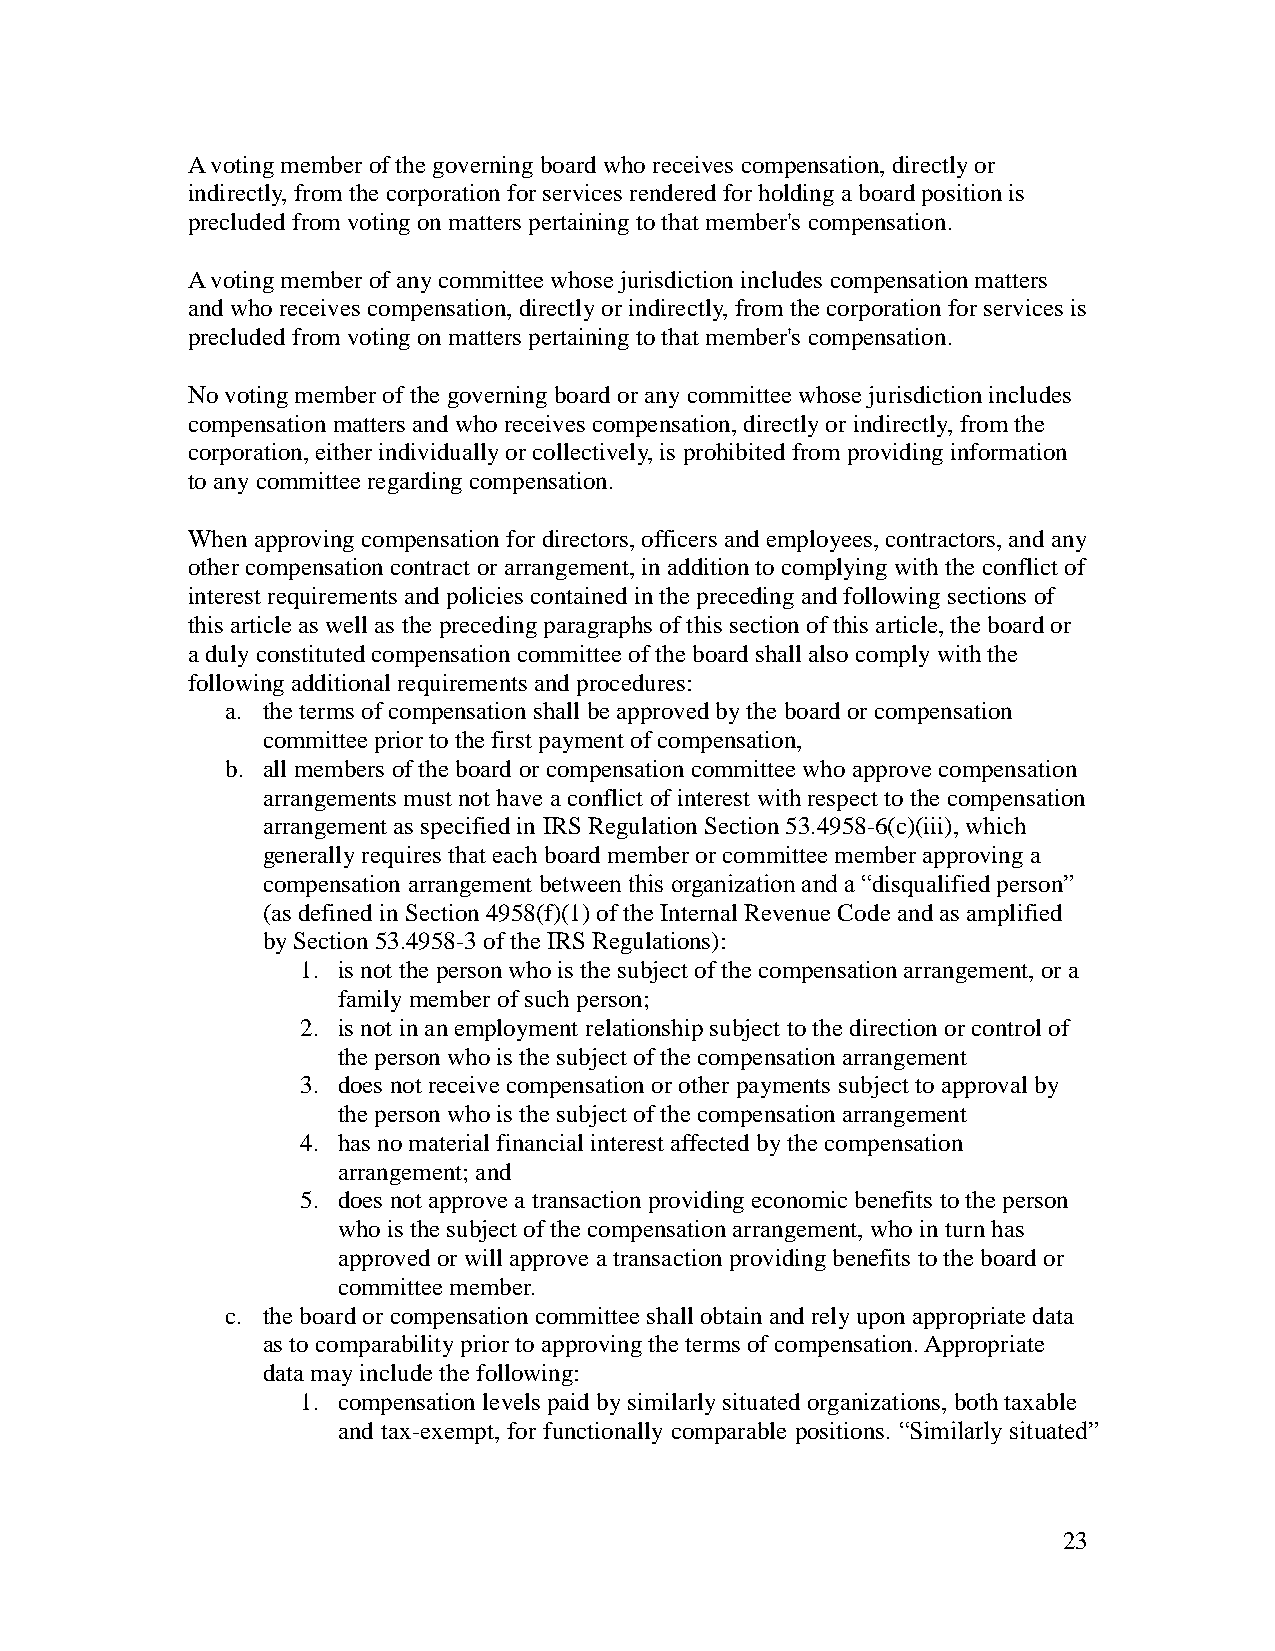
A voting member of the governing board who receives compensation, directly or
 indirectly, from the corporation for services rendered for holding a board position is
 precluded from voting on matters pertaining to that member's compensation.
 A voting member of any committee whose jurisdiction includes compensation matters
 and who receives compensation, directly or indirectly, from the corporation for services is
 precluded from voting on matters pertaining to that member's compensation.
 No voting member of the governing board or any committee whose jurisdiction includes
 compensation matters and who receives compensation, directly or indirectly, from the
 corporation, either individually or collectively, is prohibited from providing information
 to any committee regarding compensation.
 When approving compensation for directors, officers and employees, contractors, and any
 other compensation contract or arrangement, in addition to complying with the conflict of
 interest requirements and policies contained in the preceding and following sections of
 this article as well as the preceding paragraphs of this section of this article, the board or
 a duly constituted compensation committee of the board shall also comply with the
 following additional requirements and procedures:
 a. the terms of compensation shall be approved by the board or compensation
 committee prior to the first payment of compensation,
 b. all members of the board or compensation committee who approve compensation
 arrangements must not have a conflict of interest with respect to the compensation
 arrangement as specified in IRS Regulation Section 53.4958-6(c)(iii), which
 generally requires that each board member or committee member approving a
 compensation arrangement between this organization and a “disqualified person”
 (as defined in Section 4958(f)(1) of the Internal Revenue Code and as amplified
 by Section 53.4958-3 of the IRS Regulations):
 1. is not the person who is the subject of the compensation arrangement, or a
 family member of such person;
 2. is not in an employment relationship subject to the direction or control of
 the person who is the subject of the compensation arrangement
 3. does not receive compensation or other payments subject to approval by
 the person who is the subject of the compensation arrangement
 4. has no material financial interest affected by the compensation
 arrangement; and
 5. does not approve a transaction providing economic benefits to the person
 who is the subject of the compensation arrangement, who in turn has
 approved or will approve a transaction providing benefits to the board or
 committee member.
 c. the board or compensation committee shall obtain and rely upon appropriate data
 as to comparability prior to approving the terms of compensation. Appropriate
 data may include the following:
 1. compensation levels paid by similarly situated organizations, both taxable
 and tax-exempt, for functionally comparable positions. “Similarly situated”
 23